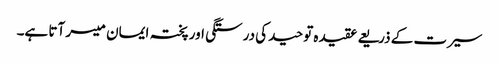
سیرت کے ذریعے عقیدہ توحید کی درستگی اور پختہ ایمان میسر آتا ہے۔